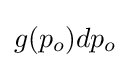
g(p_{o})dp_{o}